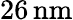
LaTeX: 26\, \mathrm{nm}